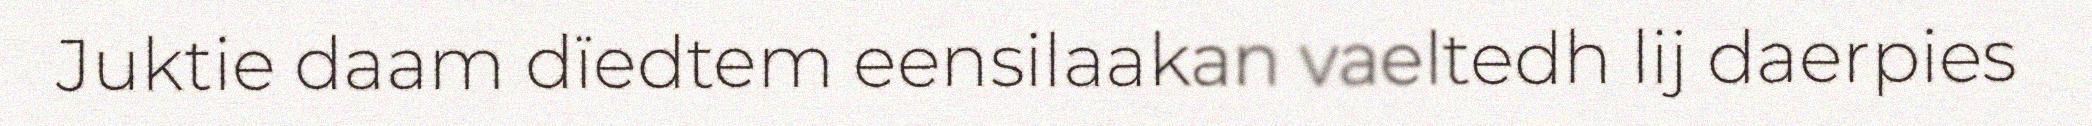
Juktie daam dïedtem eensilaakan vaeltedh lij daerpies